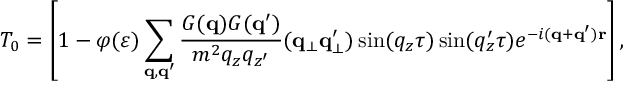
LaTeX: T _ { 0 } = \left[ 1 - \varphi ( \varepsilon ) \sum _ { \bf { q } , \bf { q ^ { \prime } } } \frac { G ( { \bf { q } } ) G ( { \bf { q ^ { \prime } } } ) } { m ^ { 2 } q _ { z } q _ { z ^ { \prime } } } ( { \bf { q } } _ { \perp } { \bf { q } } _ { \perp } ^ { \prime } ) \sin ( q _ { z } \tau ) \sin ( q _ { z } ^ { \prime } \tau ) e ^ { - i ( { \bf { q } } + { \bf { q } ^ { \prime } } ) { \bf { r } } } \right] \mathrm { , }